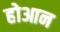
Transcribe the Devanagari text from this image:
होआन